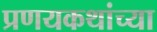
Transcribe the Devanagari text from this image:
प्रणयकथांच्या